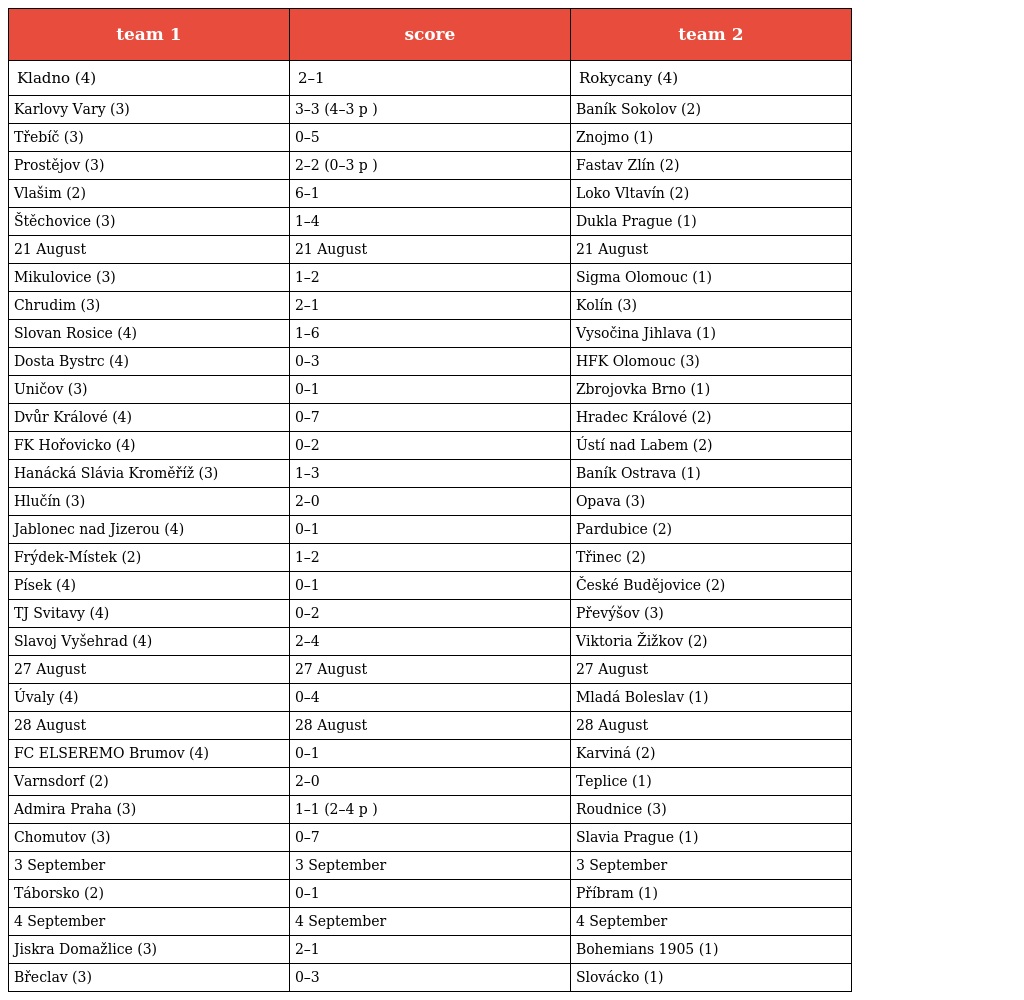
| team 1 | score | team 2 |
 | --- | --- | --- |
 | Kladno (4) | 2–1 | Rokycany (4) |
 | Karlovy Vary (3) | 3–3 (4–3 p ) | Baník Sokolov (2) |
 | Třebíč (3) | 0–5 | Znojmo (1) |
 | Prostějov (3) | 2–2 (0–3 p ) | Fastav Zlín (2) |
 | Vlašim (2) | 6–1 | Loko Vltavín (2) |
 | Štěchovice (3) | 1–4 | Dukla Prague (1) |
 | 21 August | 21 August | 21 August |
 | Mikulovice (3) | 1–2 | Sigma Olomouc (1) |
 | Chrudim (3) | 2–1 | Kolín (3) |
 | Slovan Rosice (4) | 1–6 | Vysočina Jihlava (1) |
 | Dosta Bystrc (4) | 0–3 | HFK Olomouc (3) |
 | Uničov (3) | 0–1 | Zbrojovka Brno (1) |
 | Dvůr Králové (4) | 0–7 | Hradec Králové (2) |
 | FK Hořovicko (4) | 0–2 | Ústí nad Labem (2) |
 | Hanácká Slávia Kroměříž (3) | 1–3 | Baník Ostrava (1) |
 | Hlučín (3) | 2–0 | Opava (3) |
 | Jablonec nad Jizerou (4) | 0–1 | Pardubice (2) |
 | Frýdek-Místek (2) | 1–2 | Třinec (2) |
 | Písek (4) | 0–1 | České Budějovice (2) |
 | TJ Svitavy (4) | 0–2 | Převýšov (3) |
 | Slavoj Vyšehrad (4) | 2–4 | Viktoria Žižkov (2) |
 | 27 August | 27 August | 27 August |
 | Úvaly (4) | 0–4 | Mladá Boleslav (1) |
 | 28 August | 28 August | 28 August |
 | FC ELSEREMO Brumov (4) | 0–1 | Karviná (2) |
 | Varnsdorf (2) | 2–0 | Teplice (1) |
 | Admira Praha (3) | 1–1 (2–4 p ) | Roudnice (3) |
 | Chomutov (3) | 0–7 | Slavia Prague (1) |
 | 3 September | 3 September | 3 September |
 | Táborsko (2) | 0–1 | Příbram (1) |
 | 4 September | 4 September | 4 September |
 | Jiskra Domažlice (3) | 2–1 | Bohemians 1905 (1) |
 | Břeclav (3) | 0–3 | Slovácko (1) |